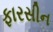
ફારસીન